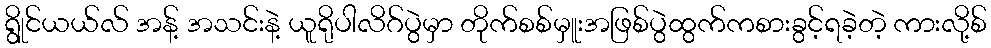
ရွိုင်ယယ်လ် အန့် အသင်းနဲ့ ယူရိုပါလိဂ်ပွဲမှာ တိုက်စစ်မှူးအဖြစ်ပွဲထွက်ကစားခွင့်ရခဲ့တဲ့ ကားလို့စ်